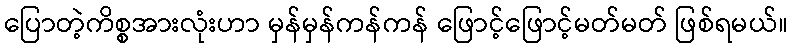
ပြောတဲ့ကိစ္စအားလုံးဟာ မှန်မှန်ကန်ကန် ဖြောင့်ဖြောင့်မတ်မတ် ဖြစ်ရမယ်။